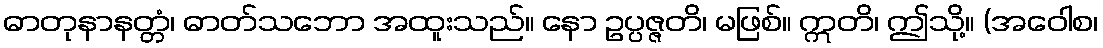
ဓာတုနာနတ္တံ၊ ဓာတ်သဘော အထူးသည်။ နော ဥပ္ပဇ္ဇတိ၊ မဖြစ်။ ဣတိ၊ ဤသို့။ (အဝေါစ၊